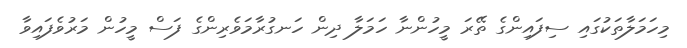
މިހަމަލާތަކުގައި ސިފައިންގެ ތޭރަ މީހުންނާ ހަމަލާ ދިން ހަނގުރާމަވެރިންގެ ފަސް މީހުން މަރުވެފައިވާ